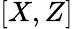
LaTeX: [X,Z]